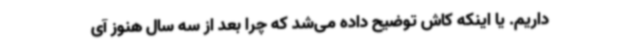
داریم. یا اینکه کاش توضیح داده می‌شد که چرا بعد از سه سال هنوز آی